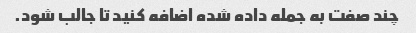
چند صفت به جمله داده شده اضافه کنید تا جالب شود.